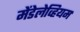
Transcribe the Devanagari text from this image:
मेंडेलेव्हियम